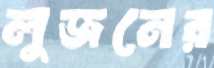
লুজনের